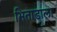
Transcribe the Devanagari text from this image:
भिताडाला